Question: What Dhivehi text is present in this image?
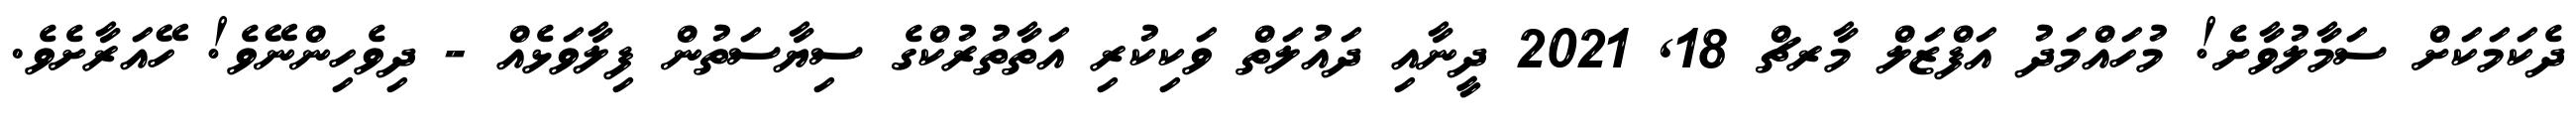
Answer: ދެކަމަކަށް ސަމާލުވާށެ! މުހައްމަދު އަފްޒަލް މާރޗް 18, 2021 ދީނާއި ދައުލަތް ވަކިކުރި އަތާތުރުކްގެ ސިޔާސަތުން ފިލާވަޅެއް - ދިވެހިންނޭވެ! ހޭއަރާށެވެ.